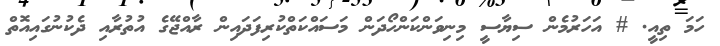
ހަމަ ތިއީ. # އަހަރުމެން ސިޔާސީ މިނިވަންކަންހޯދަން މަސައްކަތްކުރިފަދައިން ރާއްޖޭގެ އުތުރާއި ދެކުނުގައިއޮތް